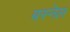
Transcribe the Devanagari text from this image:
बस्नेल